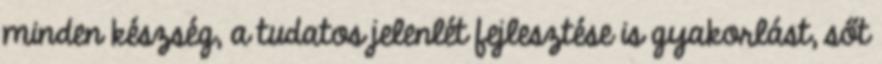
minden készség, a tudatos jelenlét fejlesztése is gyakorlást, sőt